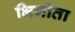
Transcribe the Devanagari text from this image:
भिगोता